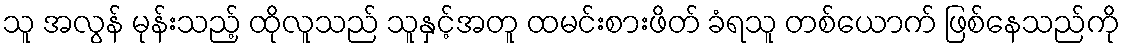
သူ အလွန် မုန်းသည့် ထိုလူသည် သူနှင့်အတူ ထမင်းစားဖိတ် ခံရသူ တစ်ယောက် ဖြစ်နေသည်ကို